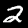
Digit: 2